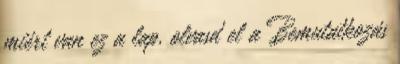
miért van ez a lap, olvasd el a Bemutatkozás